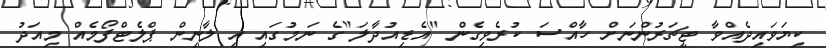
ކިޔަވައިދެއްވާ ޓީޗަރުންނަށް ހާއްސަ ކުރެވިގެން "އެޑިއުދާލަ"ގެ ނަމުގައި އީ ލާނިން ޕްލެޓްފޯމެއް މިއަދު